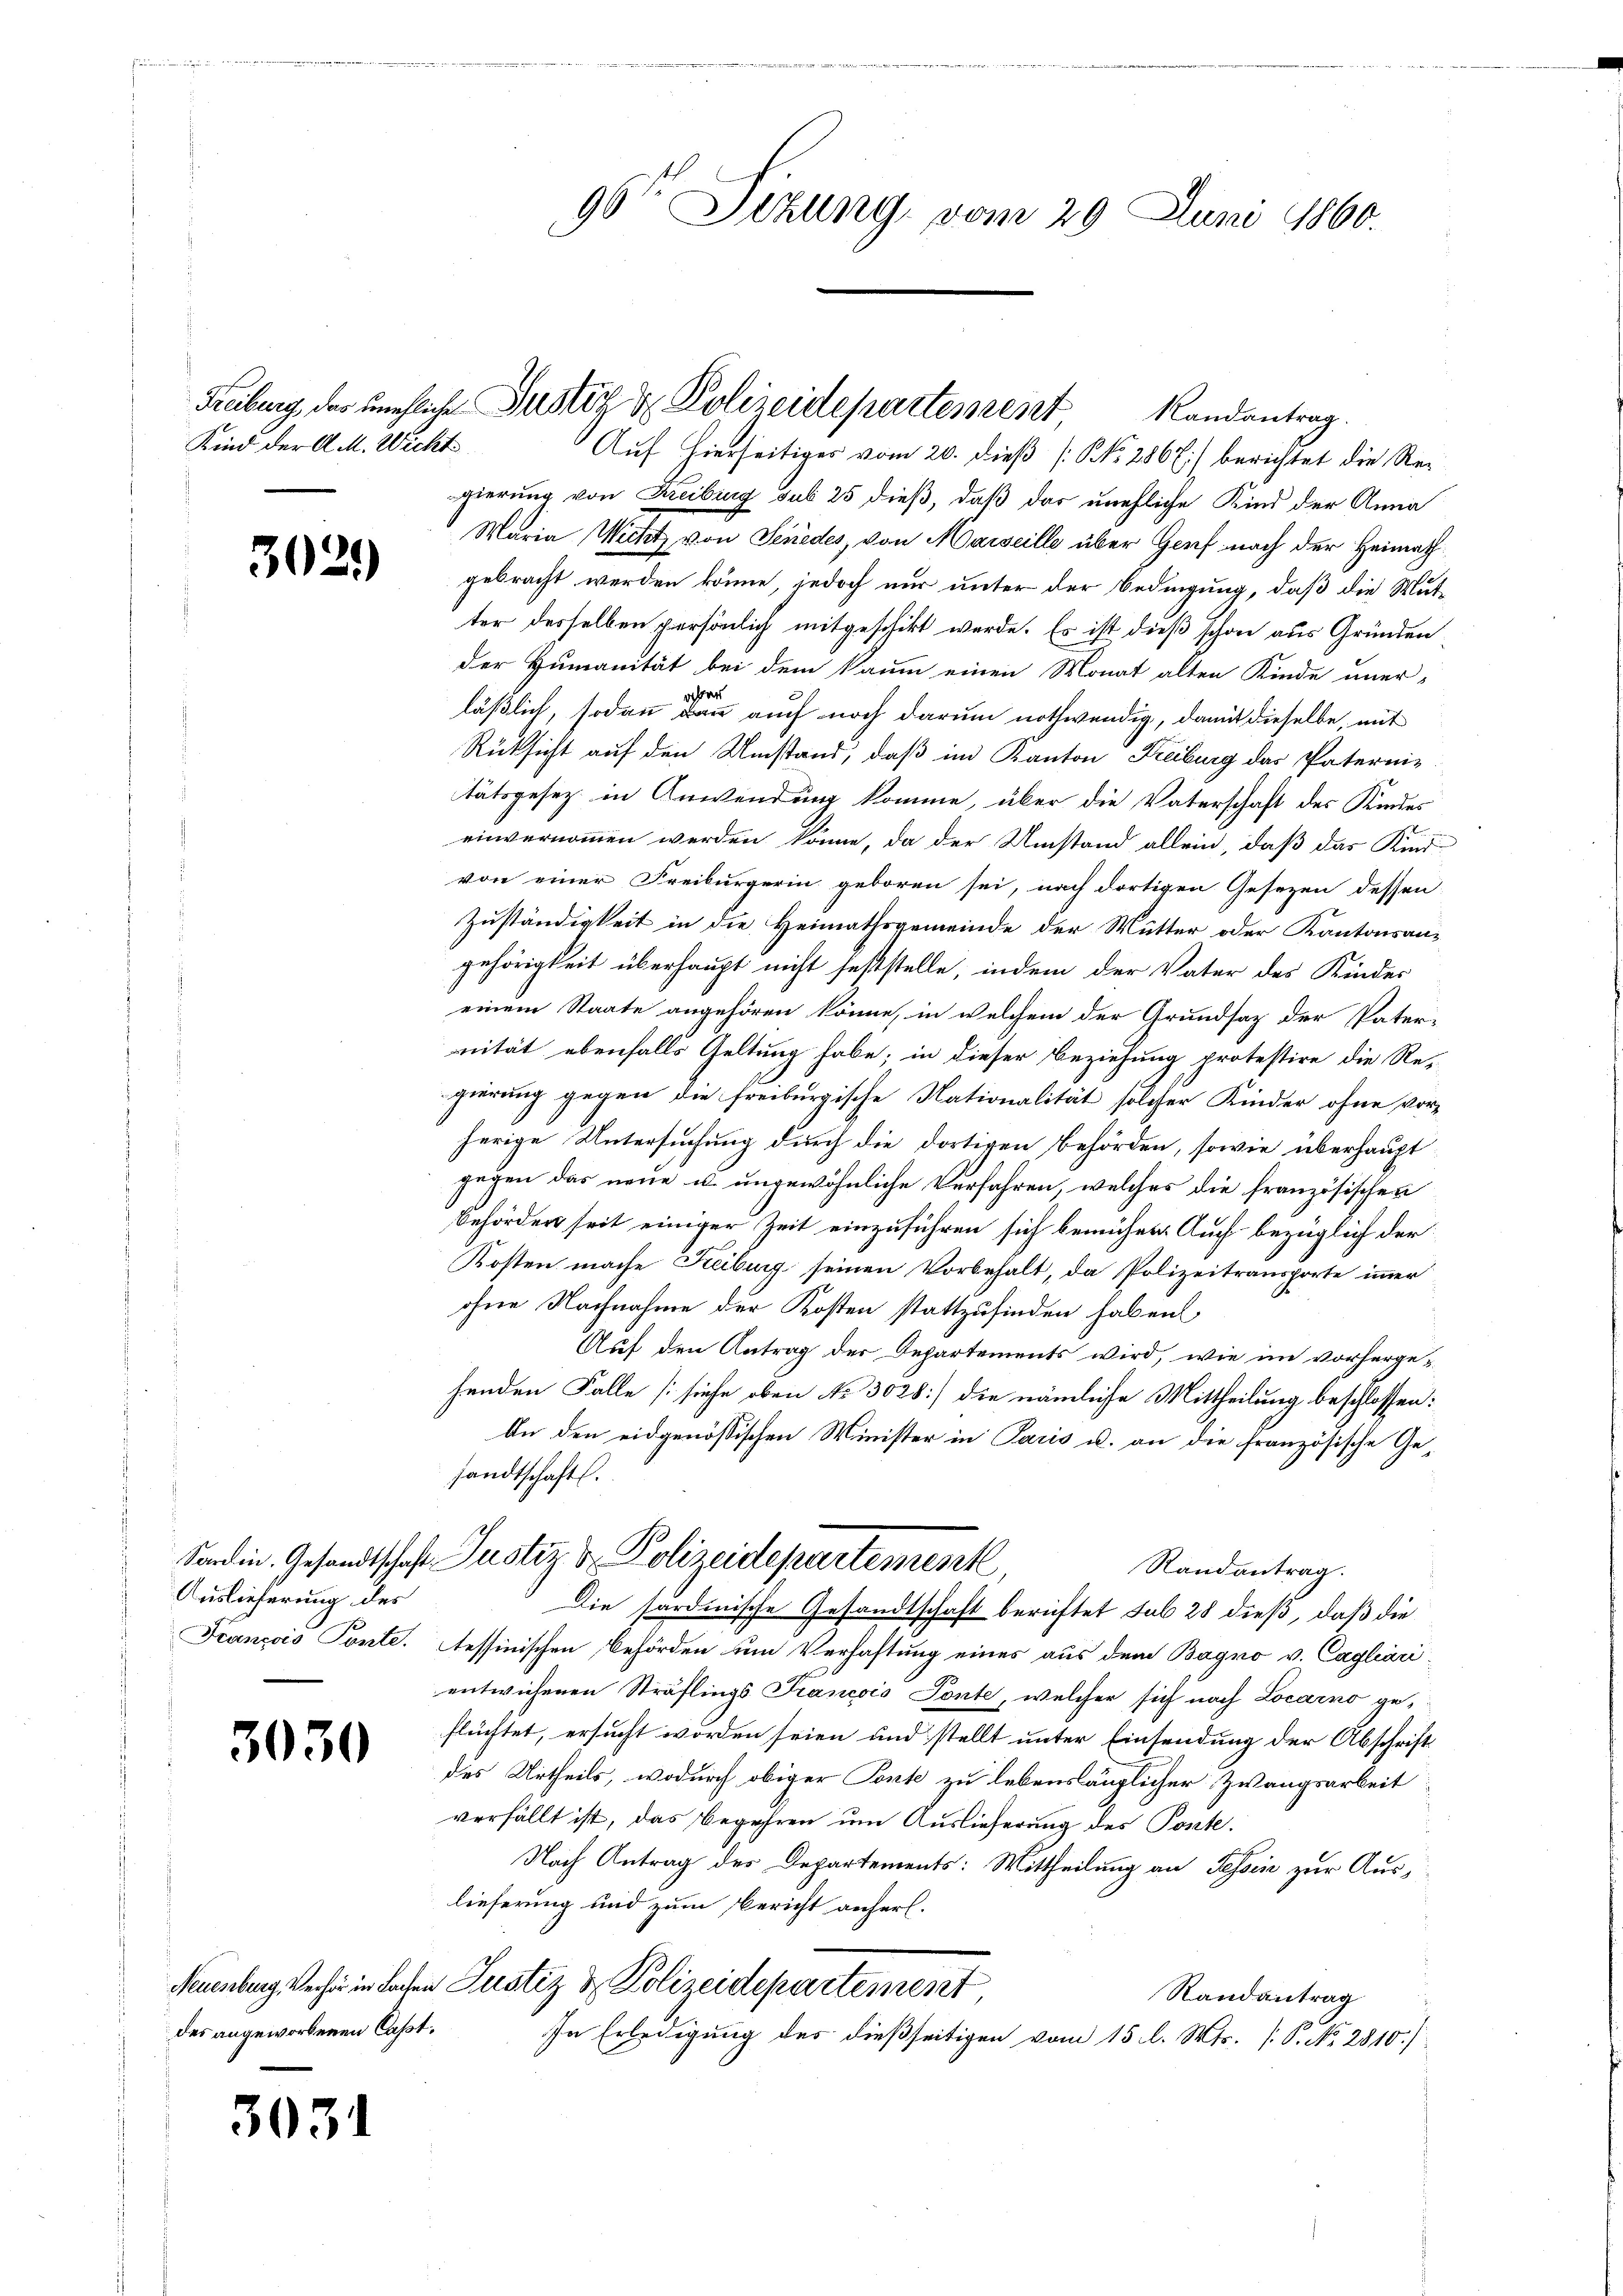
Kind der A. M. Wicht

3029)

Auslieferung des

3030

des angeworbenen Capt.

3031

gierung von Freiburg sub 25 dieß, daß das unehliche Kind der Anna
Maria Wittitz, von Senedes, von Marseille über Genf nach der Heimath
gebracht werden könne, jedoch nur unter der Bedingung, daß die Mutter desselben persönlich mitgeschikt werde. Es ist dieß schon aus Gründen
der Humanität bei dem kaum einen Monat alten Kinde uner-
hat
läßlich, sodann dann auch noch darum nothwendig, damit dieselbe, mit
Rücksicht auf den Umstand, daß im Kanton Freiburg das Paternitätsgesetz in Anwendung komme, über die Vaterschaft des Kindes
einvernommen werden könne, da der Umstand allein, daß das Kind
von einer Freiburgerin geboren sei, nach dortigen Gesezen dessen
Zuständigkeit in die Heimathsgemeinde der Mutter oder Kantonsangehörigkeit überhaupt nicht feststelle, indem der Vater des Kinder
einem Staate angehören könne, in welchem der Grundsatz der Pater-
nität ebenfalls Geltung habe; in dieser Beziehung protestire die Re-
gierung gegen die freiburgische Nationalität solcher Kinder ohne vorherige Untersuchung durch die dortigen Behörden, sowie überhaupt
gegen das neue u. ungewöhnliche Verfahren, welches die französischen
Behörden seit einiger Zeit einzuführen sich bemühen. Auch bezüglich der
Kosten mache Keiburg seinen Vorbehalt, da Polizeitransporte immer
ohne Nachnahme der Kosten stattzufinden haben
Auf den Antrag der Departements wird, wie im vorhergehenden Falle [siehe oben Nr. 3028] die nämliche Mittheilung beschlossen:
An den eidgenössischen Minister in Paris u. an die französische Gesandtschaft.
Sandin Gesandtschaft Justiz & Polizeidepartement,
Randantrag.
Die sardinische Gesandtschaft berichtet sub 28 dieß, daß die
François Ponte. Tessinischen Behörden um Verhaftung eines aus dem Bagno v. Cagliari
entwichenen Sträflings Francois Ponte, welcher sich nach Locarno geflüchtet, ersucht worden seien und stellt unter Einsendung der Abschrift
des Urtheils, wodurch obiger Tonte zu lebenslänglicher Zwangsarbeit
verfällt ist, das Begehren um Auslieferung des Poste.
Nach Antrag des Departements: Mittheilung an Tessin zur Auslieferung und zum Bericht anherl.
Neuenburg Verher in Lachen Justiz & Polizeidepartement,
Randantrag
In Erledigung des dießseitigen vom 15 l. Mts. [S. No. 2810.)

96t Sizung vom 29. Juni 1860.

Freiburg, das unehliche Justiz & Polizeidepartement Randantrag.
Auf hierseitiges vom 20. dieß [NNo. 286 7) berichtet die Re¬